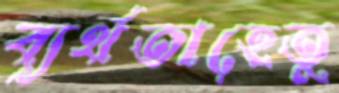
ব্যর্থতাহেতু